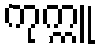
ကုက္ကူ